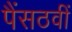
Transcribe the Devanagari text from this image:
पैंसठवीं